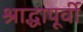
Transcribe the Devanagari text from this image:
श्राद्धापूर्वी